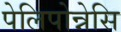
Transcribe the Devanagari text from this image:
पेलिपोन्नेसि